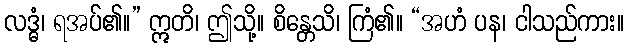
လဒ္ဓံ၊ ရအပ်၏။” ဣတိ၊ ဤသို့။ စိန္တေသိ၊ ကြံ၏။ “အဟံ ပန၊ ငါသည်ကား။